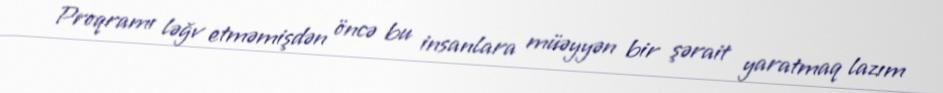
Proqramı ləğv etməmişdən öncə bu insanlara müəyyən bir şərait yaratmaq lazım